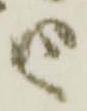
由